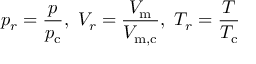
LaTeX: \ p _ { r } = { \frac { p } { p _ { \mathrm { c } } } } , \ V _ { r } = { \frac { V _ { \mathrm { m } } } { V _ { \mathrm { m , c } } } } , \ T _ { r } = { \frac { T } { T _ { \mathrm { c } } } }